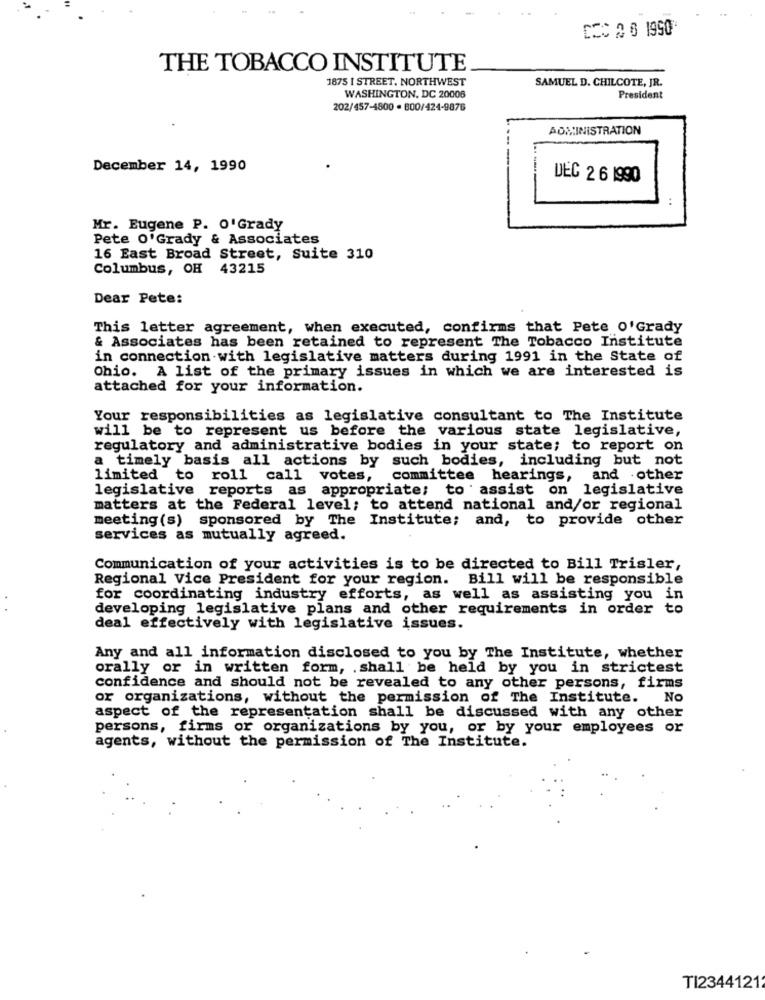
DEC 2 0 1990
THE TOBACCO INSTITUTE
1875 I STREET, NORTHWEST
SAMUEL D. CHILCOTE, JR.
WASHINGTON, DC 20008
President
202/457-4800 · 800/424-9876
ADMINISTRATION
December 14, 1990
DEC 2 6 1990
Mr. Eugene P. O'Grady
Pete O'Grady & Associates
16 East Broad Street, Suite 310
Columbus, OH 43215
Dear Pete:
This letter agreement, when executed, confirms that Pete o'Grady
& Associates has been retained to represent The Tobacco Institute
in connection with legislative matters during 1991 in the State of
Ohio. A list of the primary issues in which we are interested is
attached for your information.
Your responsibilities as legislative consultant to The Institute
will be to represent us before the various state legislative,
regulatory and administrative bodies in your state; to report on
a timely basis all actions by such bodies, including but not
limited to roll call votes,
committee hearings, and other
legislative reports as appropriate; to assist on legislative
matters at the Federal level; to attend national and/or regional
meeting (s) sponsored by The Institute; and, to provide other
services as mutually agreed.
Communication of your activities is to be directed to Bill Trisler,
Regional Vice President for your region. Bill will be responsible
for coordinating industry efforts, as well as assisting you in
developing legislative plans and other requirements in order to
deal effectively with legislative issues.
Any and all information disclosed to you by The Institute, whether
orally or in written form, . shall be held by you in strictest
confidence and should not be revealed to any other persons, firms
or organizations, without the permission of The Institute. No
aspect of the representation shall be discussed with any other
persons, firms or organizations by you, or by your employees or
agents, without the permission of The Institute.
TI2344121